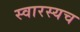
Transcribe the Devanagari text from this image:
स्वारस्यच